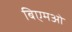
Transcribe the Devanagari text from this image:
बिएमओ